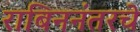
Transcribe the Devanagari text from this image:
राबिननंतरचे